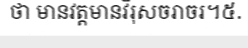
ថា មានវត្តមានវីរុសចរាចរ។៥.